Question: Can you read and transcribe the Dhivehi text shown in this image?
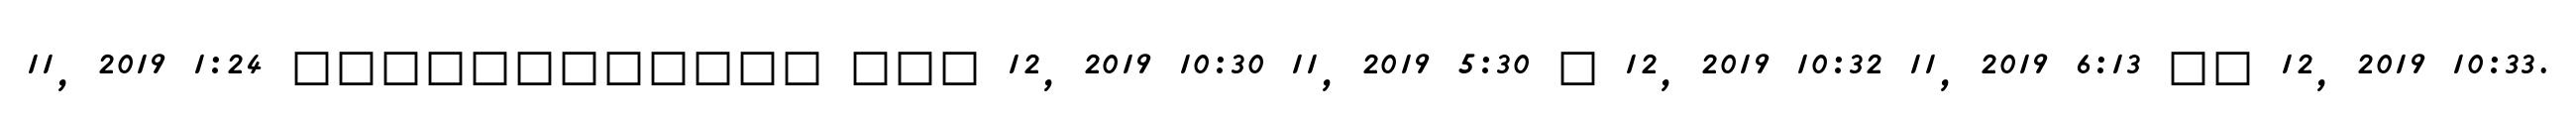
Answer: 11, 2019 1:24 ???????????? ??? 12, 2019 10:30 11, 2019 5:30 ? 12, 2019 10:32 11, 2019 6:13 ?? 12, 2019 10:33.